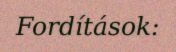
Fordítások: